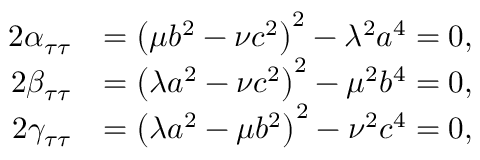
{ \begin{array} { r l } { 2 \alpha _ { \tau \tau } } & { = \left( \mu b ^ { 2 } - \nu c ^ { 2 } \right) ^ { 2 } - \lambda ^ { 2 } a ^ { 4 } = 0 , } \\ { 2 \beta _ { \tau \tau } } & { = \left( \lambda a ^ { 2 } - \nu c ^ { 2 } \right) ^ { 2 } - \mu ^ { 2 } b ^ { 4 } = 0 , } \\ { 2 \gamma _ { \tau \tau } } & { = \left( \lambda a ^ { 2 } - \mu b ^ { 2 } \right) ^ { 2 } - \nu ^ { 2 } c ^ { 4 } = 0 , } \end{array} }